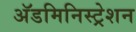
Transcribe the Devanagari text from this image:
अॅडमिनिस्ट्रेशन